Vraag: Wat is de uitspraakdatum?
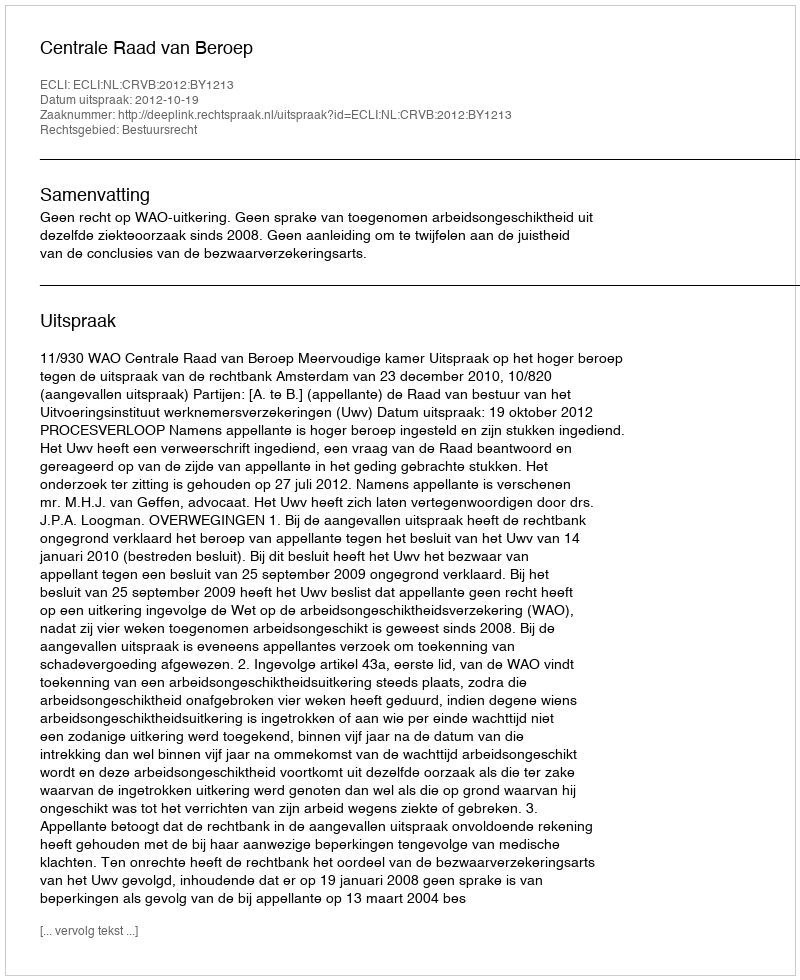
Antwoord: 2012-10-19